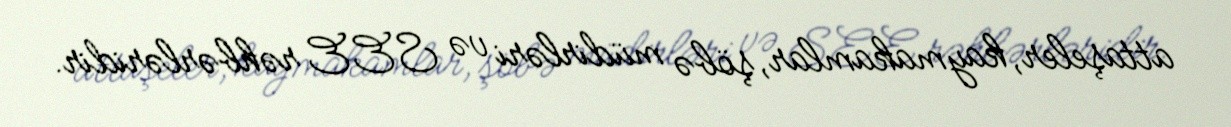
attaşeler, kaymakamlar, şöbə müdirləri və SEE rəhbərləridir.